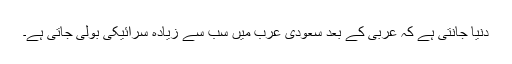
دنیا جانتی ہے کہ عربی کے بعد سعودی عرب میں سب سے زیادہ سرائیکی بولی جاتی ہے۔